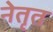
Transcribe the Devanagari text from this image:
नेतृत